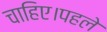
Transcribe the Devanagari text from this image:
चाहिए।पहले